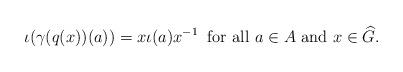
LaTeX: \begin{align*}\iota(\gamma(q(x))(a))=x\iota(a)x^{-1}\;\;\mbox{for all $a\in A$ and $x\in \widehat{G}$.}\end{align*}